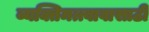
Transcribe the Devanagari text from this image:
व्यक्तिमत्त्वावासाठी